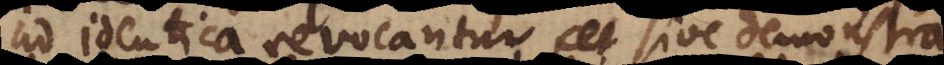
ad identica revocantur sive demonstrantur,